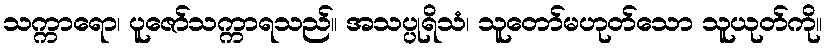
သက္ကာရော၊ ပူဇော်သက္ကာရသည်။ အသပ္ပုရိသံ၊ သူတော်မဟုတ်သော သူယုတ်ကို။